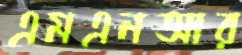
এমএনআর